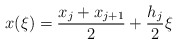
\begin{align*}x(\xi)= \frac{x_{j}+x_{j+1}} 2 + \frac {h_j} 2 \xi\end{align*}